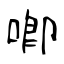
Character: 喞